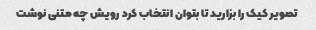
تصویر کیک را بزارید تا بتوان انتخاب کرد رویش چه متنی نوشت